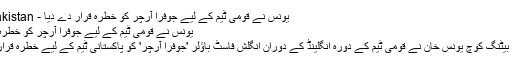
یونس نے قومی ٹیم کے لیے جوفرا آرچر کو خطرہ قرار دے دیا - Dunya Pakistan
یونس نے قومی ٹیم کے لیے جوفرا آرچر کو خطرہ قرار دے دیا
قومی ٹیم کے بیٹنگ کوچ یونس خان نے قومی ٹیم کے دورہ انگلینڈ کے دوران انگلش فاسٹ باؤلر 'جوفرا آرچر' کو پاکستانی ٹیم کے لیے خطرہ قرار دے دیا ہے۔